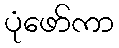
ပုံဖော်ကာ